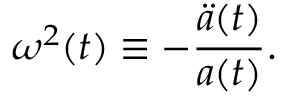
\omega ^ { 2 } ( t ) \equiv - \frac { { \ddot { a } } ( t ) } { a ( t ) } .